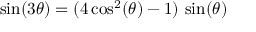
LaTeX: \sin ( 3 \theta ) = ( 4 \cos ^ { 2 } ( \theta ) - 1 ) \, \sin ( \theta )